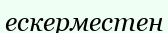
ескерместен